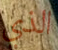
الذي